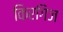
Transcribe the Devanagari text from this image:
किरगिज